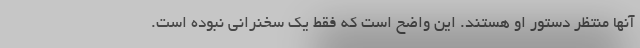
آنها منتظر دستور او هستند. این واضح است که فقط یک سخنرانی نبوده است.